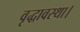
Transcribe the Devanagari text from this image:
वृद्धावस्था।